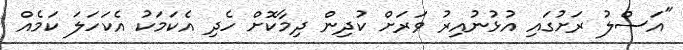
"އަސްލު ރަށުގައި އުޅުނުއިރު ވަރަށް ކުދިން ދިމާކޮށް ހެދި އެކަމަކު އެކަހަލަ ކަމެއް